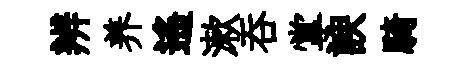
辨养遥漱呑掌諛騎